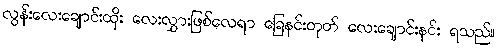
လွန်းလေးချောင်းထိုး လေးလွှားဖြစ်လေရာ ခြေနင်းတုတ် လေးချောင်းနင်း ရသည်။